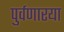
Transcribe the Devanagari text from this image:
पुर्वणारया